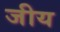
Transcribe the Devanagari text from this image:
जीय